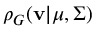
\rho _ { G } ( \mathbf { v } | \boldsymbol { \mu } , \Sigma )